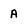
Character: A